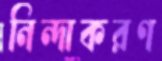
নিন্দাকরণ